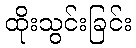
ထိုးသွင်းခြင်း